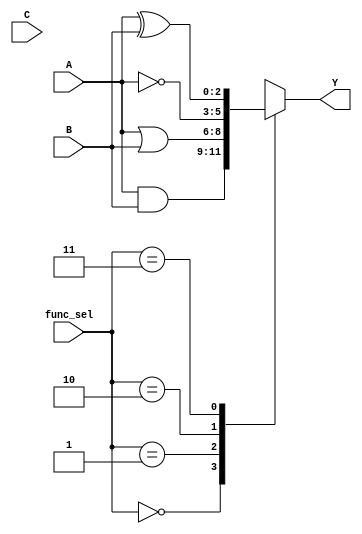
module combinational_logic_block (
    input wire [2:0] A,      // 3-bit input A
    input wire [2:0] B,      // 3-bit input B
    input wire [2:0] C,      // 3-bit input C
    input wire [1:0] func_sel, // Function select signal
    output reg [2:0] Y       // 3-bit output Y
);

    // Define parameters for function selection
    parameter AND_FUNC = 2'b00;
    parameter OR_FUNC  = 2'b01;
    parameter NOT_FUNC = 2'b10;
    parameter XOR_FUNC = 2'b11;

    always @(*) begin
        case (func_sel)
            AND_FUNC: begin
                Y = A & B; // AND operation
            end
            OR_FUNC: begin
                Y = A | B; // OR operation
            end
            NOT_FUNC: begin
                Y = ~A; // NOT operation (only A is used for NOT)
            end
            XOR_FUNC: begin
                Y = A ^ B; // XOR operation
            end
            default: begin
                Y = 3'b000; // Default case (can define as needed)
            end
        endcase
    end

endmodule